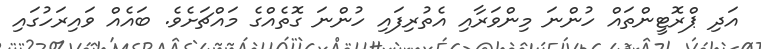
އަދި ޕްރޮޓީންތައް ހުންނަ މިންވަރާއި އެތުރިފައި ހުންނަ ގޮތެއްގެ މައްޗަށެވެ. ބައެއް ވައިރަހުގައި